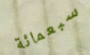
سبعمائة